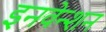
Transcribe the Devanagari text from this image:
इनवेन्शन